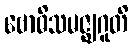
ဗောဓိသမဇ္ဈဂူတိ